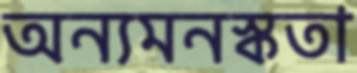
অন্যমনস্কতা